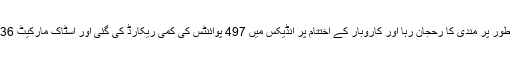
منگل کے روز مارکیٹ میں مجموعی طور پر مندی کا رحجان رہا اور کاروبار کے اختتام پر انڈیکس میں 497 پوائنٹس کی کمی ریکارڈ کی گئی اور اسٹاک مارکیٹ 36 ہزار 404 کی سطح پر بند ہوئی تھی۔